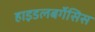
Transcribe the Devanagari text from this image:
हाइडलबर्गेसिस